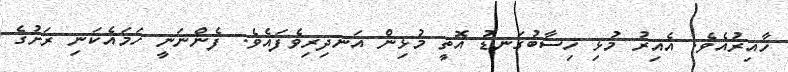
ހާއިރުއެވެ. އެއިރު މުޅި ހިސާބުގަނޑު އޮތީ މުޅިން އަނދިރިވެފައެވެ. ފެންނަނީ ހަމައެކަނި ރަށުގެ